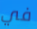
في